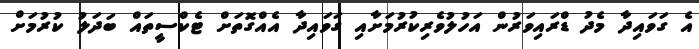
އެ ގަވައިދާ މެދު ޑްރައިވަރުން އަހުލުވެރިކުރުމަށާއި ގަވައިދާ އެއްގޮތަށް ޓެކްސީތައް ބަދަލު ކުރުމަށް